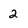
Character: 2